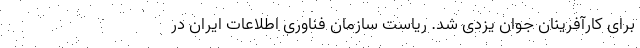
برای کارآفرینان جوان یزدی شد. ریاست سازمان فناوری اطلاعات ایران در